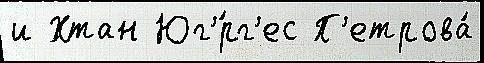
и Хтан Юг'́рг'ес П'етрова́